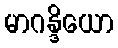
မာဂန္ဒိယော